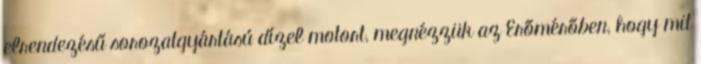
elrendezésű sorozatgyártású dízel motort, megnézzük az Erőmérőben, hogy mit